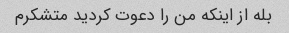
بله از اینکه من را دعوت کردید متشکرم